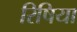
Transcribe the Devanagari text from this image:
रिषिया